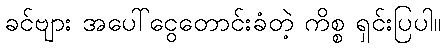
ခင်ဗျား အပေါ်ငွေတောင်းခံတဲ့ ကိစ္စ ရှင်းပြပါ။